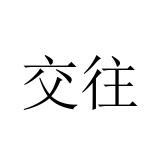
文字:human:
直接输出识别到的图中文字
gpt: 交往